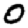
Digit: 0